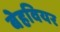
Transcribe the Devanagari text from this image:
बेहवियर